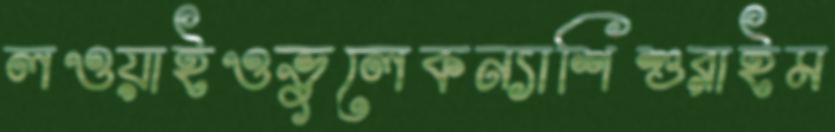
লওয়াইওভুলেকন্যাশিশুরাইম